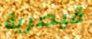
قيصرية